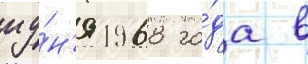
иу́н'я 1968 го́да в